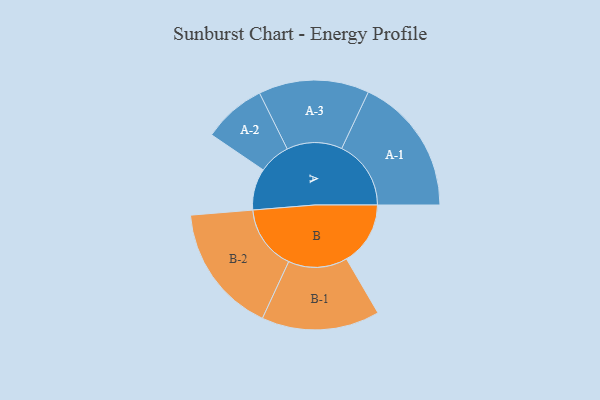
{"axis": {"x": "Segment", "y": "Value"}, "legend": ["", "A", "B"], "data": [{"x": "A", "y": 154, "type": ""}, {"x": "B", "y": 237, "type": ""}, {"x": "A-1", "y": 257, "type": "A"}, {"x": "A-2", "y": 117, "type": "A"}, {"x": "A-3", "y": 205, "type": "A"}, {"x": "B-1", "y": 219, "type": "B"}, {"x": "B-2", "y": 240, "type": "B"}]}